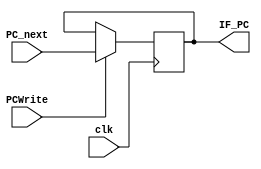
module PC (PC_next, IF_PC, clk, PCWrite);
    parameter width = 32;

    output reg [width-1:0] IF_PC;
    input [width-1:0] PC_next;
    input clk, PCWrite;

    initial begin // initialize PC
        IF_PC = 32'b0;
    end

    always @(posedge clk) begin // get next PC
        if (PCWrite) IF_PC = PC_next;
    end
endmodule

module instructionMemory (readAddress, instruction);
    parameter width = 32;
    parameter addr_width = 7;
    parameter number = 2**addr_width; // instruction memory with 128x32bit 
    
    output [width-1:0] instruction;
    input [width-1:0] readAddress;

    reg [width-1:0] memory [number-1:0];

    initial begin // initialize instructions from file
        $readmemb("E:/Semesters/FA22/VE370/Lab Files/Lab5_testcase.txt", memory);
    end

    assign instruction = memory[readAddress]; // read instruction
endmodule

module registerFile (readRegister1, readRegister2, writeRegister, writeData, regWrite, readData1, readData2);
    parameter width = 32;
    parameter addr_width = 5;
    parameter number = 2**addr_width;

    output [width-1:0]      readData1, readData2;
    input  [width-1:0]      writeData;
    input  [addr_width-1:0] readRegister1, readRegister2, writeRegister;
    input                   regWrite;

    reg [width-1:0] registers [number-1:0]; // 32 x registers

    assign readData1 = registers[readRegister1];
    assign readData2 = registers[readRegister2];      
    
    integer i;
    initial begin // initialize registers
        for (i = 0; i < 32; i = i + 1) registers[i] = 32'b0;
    end
    
    always @(*) begin // write value without clock control
        if (regWrite) registers[writeRegister] = writeData;    
    end
endmodule

module immGen (instruction, immediate);
    parameter width = 32;

    output reg [width-1:0] immediate;
    input  [width-1:0] instruction;
    
    always @(instruction) begin
       case (instruction[6:0])
        7'b0000011: // I
            immediate = {{20{instruction[31]}}, instruction[31:20]};
        7'b0001111: // I
            immediate = {{20{instruction[31]}}, instruction[31:20]};
        7'b0010011: // I
            immediate = {{20{instruction[31]}}, instruction[31:20]};
        7'b0010111: // U
            immediate = {{12{instruction[31]}}, instruction[31:12]};
        7'b0100011: // S
            immediate = {{20{instruction[31]}}, instruction[31:25], instruction[11:7]};
        7'b0110111: // U
            immediate = {{12{instruction[31]}}, instruction[31:12]};
        7'b1100011: // B
            immediate = {{20{instruction[31]}}, instruction[31], instruction[7], instruction[30:25], instruction[11:8]};
        7'b1100111: // I
            immediate = {{20{instruction[31]}}, instruction[31:20]};
        7'b1101111: // J
            immediate = {{12{instruction[31]}}, instruction[31], instruction[19:12], instruction[20], instruction[30:21]};
        7'b1110011: // I
            immediate = {{20{instruction[31]}}, instruction[31:20]};
        default: immediate = 'bz;
       endcase 
    end
endmodule

module mux_32b_2to1 (inData0, inData1, outData, mux_src);
    parameter width = 32;

    output [width-1:0] outData;
    input  [width-1:0] inData0, inData1;
    input              mux_src;

    assign outData = (mux_src)? inData1: inData0;
endmodule

module PC_mux_32b_2to1 (inData0, inData1, outData, mux_src);
    parameter width = 32;

    output reg [width-1:0] outData;
    input      [width-1:0] inData0, inData1;
    input                  mux_src;

    always @(*) begin // special mux for PC, with initialize and support jalr with an additional data input
        case (mux_src)
            'b0: outData = inData0;
            'b1: outData = inData1;
            default: outData = inData0;
        endcase
    end
endmodule

module mux_32b_3to1 (inData0, inData1, inData2, outData, mux_src);
    parameter width = 32;

    output reg [width-1:0] outData;
    input      [width-1:0] inData0, inData1, inData2;
    input      [1:0]       mux_src;

    always @(*) begin
        case (mux_src)
            2'b00: outData = inData0;
            2'b01: outData = inData1;
            2'b10: outData = inData2;
            default: outData = 'bz;
        endcase
    end
endmodule

module ALU (inData0, inData1, ALU_result, ALU_control);
    parameter width = 32;

    output reg [width-1:0] ALU_result;
    input      [width-1:0] inData0, inData1;
    input      [3:0]       ALU_control;

    always @(*) begin
        case (ALU_control)
            4'b0000: begin
                ALU_result = inData0 & inData1;
            end
            4'b0001: begin
                ALU_result = inData0 | inData1;
            end
            4'b0010: begin
                ALU_result = inData0 + inData1;
            end
            4'b0110: begin // branch for beq
                ALU_result = inData0 - inData1;
            end
            4'b0111: begin // branch for bne
                ALU_result = inData0 - inData1;
            end
            4'b1000: begin // branch for blt
                ALU_result = inData0 - inData1;
            end
            4'b1001: begin // branch for bge
                ALU_result = inData0 - inData1;
            end
            4'b1110: begin // sl
                ALU_result = inData0 << inData1;
            end
            4'b1101: begin // sr
                ALU_result = inData0 >> inData1;
            end
            4'b1111: begin // sra
                ALU_result = $signed($signed(inData0) >>> inData1);
            end
            default: begin
                ALU_result = 'bz;
            end
        endcase
    end
endmodule

module dataMemory (address, writeData, readData, memWrite, memRead);
    parameter width = 32;
    parameter addr_width = 6;
    parameter number = 2**addr_width;

    output [width-1:0] readData;
    input [width-1:0] address;
    input [width-1:0] writeData;
    input [1:0] memWrite;
    input [1:0] memRead;

    reg [width-1:0] readData;
    reg [(width/4)-1:0] memory [number-1:0];
    // ==zyl==
    // memory: 32bit 32rows
    // memory: 8*128 =-8*4 * 32

    always @(*) begin
        // ==zyl==
        // little Endian
        // ??? data ??????
        if (memWrite==2'b01) begin // sw
            memory[address]   = writeData[ 7: 0];
            memory[address+1] = writeData[15: 8];
            memory[address+2] = writeData[23:16];
            memory[address+3] = writeData[31:24];
        end
        else if (memWrite==2'b10) begin // sb
            memory[address]   = writeData[ 7: 0];
        end
        case (memRead)
            2'b01: begin // lw
                readData[ 7: 0] = memory[address];
                readData[15: 8] = memory[address+1];
                readData[23:16] = memory[address+2];
                readData[31:24] = memory[address+3];
            end
            2'b10: begin // lb
                readData[7:0] = memory[address];
                readData[31:8] = (readData[7] == 1'b1)? 24'hffffff : 24'h000000;
            end
            2'b11: begin // lbu
                readData[7:0] = memory[address];
                readData[31:8] = 24'h000000;
            end
            default: readData = 'bz;
        endcase
    end
endmodule

module add (inData0, inData1, sum);
    parameter width = 32;

    output [width-1:0] sum;
    input [width-1:0] inData0, inData1;

    assign sum = inData0 + inData1;
endmodule

module shiftRight1 (inData, outData);
    parameter width = 32;

    output [width-1:0] outData;
    input [width-1:0] inData;

    reg [width-1:0] outData;

    always @(inData) begin
        outData = inData/2;
    end
endmodule

module branchControl (jal, jalr, branch, branchOK, branchOp);
    input branchOK, branch, jal, jalr;
    output reg branchOp;

    initial branchOp = 'b0;

    always @(*) begin
        if ((branch && branchOK) || jal || jalr) branchOp = 'b1;
        else branchOp = 'b0;
    end
endmodule

module ALU_ct (instruction, ALU_control, ALU_op);
    output reg [3:0] ALU_control;
    input      [3:0] instruction;
    input      [1:0] ALU_op;

    always @(*) begin
        case (ALU_op)
            2'b00:
                ALU_control = 4'b0010;
            2'b01:
                case (instruction[2:0])
                    3'b000: ALU_control = 4'b0110;
                    3'b001: ALU_control = 4'b0111;
                    3'b100: ALU_control = 4'b1000;
                    3'b101: ALU_control = 4'b1001;
                    default: ALU_control = 'bz;
                endcase
            2'b10:
                case (instruction[2:0])
                    3'b000: 
                        if (instruction[3]) ALU_control = 4'b0110;
                        else ALU_control = 4'b0010;
                    3'b001:
                        ALU_control = 4'b1110;
                    3'b101:
                        if (instruction[3]) ALU_control = 4'b1111;
                        else ALU_control = 4'b1101;
                    3'b111:
                        ALU_control = 4'b0000;
                    3'b110:
                        ALU_control = 4'b0001;
                    3'b010:
                        ALU_control = 4'b0010;
                    default: ALU_control = 'bz;
                endcase
            2'b11:
                case (instruction[2:0])
                    3'b000:
                        ALU_control = 4'b0010;
                    3'b001:
                        ALU_control = 4'b1110;
                    3'b101:
                        if (instruction[3]) ALU_control = 4'b1111;
                        else ALU_control = 4'b1101;
                    3'b111:
                        ALU_control = 4'b0000;
                    default: ALU_control = 'bz;
                endcase
            default: ALU_control = 'bz; 
        endcase
    end
endmodule

module control (ct_sig, instruction);
    parameter width = 32;

    output reg [12:0] ct_sig;
    input [width-1:0] instruction;
    
    always @(instruction) begin
        case (instruction[6:0])
            7'b0110011: ct_sig = 13'b0000001000010; // R-type
            7'b0010011: ct_sig = 13'b0000001100110; // I-type
            7'b0000011: begin // load
                    case (instruction[14:12])
                        3'b000: ct_sig = 13'b0001010000110; // lb
                        3'b010: ct_sig = 13'b0000110000110; // lw
                        3'b100: ct_sig = 13'b0001110000110; // lbu
                        default: ct_sig = 'bz; 
                    endcase
                    end
            7'b0100011: begin // store
                    case (instruction[14:12])
                        3'b000: ct_sig = 13'b0000000010100; // sb
                        3'b010: ct_sig = 13'b0000000001100;  // sw
                        default: ct_sig = 'bz; 
                    endcase
                    end
            7'b1100011: ct_sig = 13'b0010000100000; // B-type
            7'b1100111: ct_sig = 13'b0100000000100; // jalr
            7'b1101111: ct_sig = 13'b1010000000011; // J-type
            default:    ct_sig = 13'b0000000000000;
        endcase 
    end
endmodule

// module control (PCToReg, branch, memRead, memToReg, ALU_op, memWrite, ALU_src, regWrite, jalr, jal, instruction, controlFlush);
//     parameter width = 32;

//     output reg PCToReg, branch, memToReg, ALU_src, regWrite, jalr, jal;
//     output reg [1:0] ALU_op, memRead, memWrite;
//     input [width-1:0] instruction;
//     input controlFlush;
    
//     always @(*) begin
//         if (controlFlush=='b1) begin
//             jal = 'b0;
//             jalr = 'b0;
//             branch = 'b0;
//             memRead = 2'b00;
//             memToReg = 'b0;
//             ALU_op = 2'b00;
//             memWrite = 2'b00;
//             ALU_src = 'b0;
//             regWrite = 'b0;
//             PCToReg = 'b0;
//         end
//         else begin
//             case (instruction[6:0])
//                 7'b0110011: begin // R-type
//                     jal = 'b0;
//                     jalr = 'b0;
//                     branch = 'b0;
//                     memRead = 2'b00;
//                     memToReg = 'b0;
//                     ALU_op = 2'b10;
//                     memWrite = 2'b00;
//                     ALU_src = 'b0;
//                     regWrite = 'b1;
//                     PCToReg = 'b0;
//                     end
//                 7'b0010011: begin // I-type
//                     jal = 'b0;
//                     jalr = 'b0;
//                     branch = 'b0;
//                     memRead = 2'b00;
//                     memToReg = 'b0;
//                     ALU_op = 2'b11;
//                     memWrite = 2'b00;
//                     ALU_src = 'b1;
//                     regWrite = 'b1;
//                     PCToReg = 'b0;
//                     end
//                 7'b0000011: begin // load
//                     case (instruction[14:12])
//                         3'b000: memRead = 2'b10; // lb
//                         3'b010: memRead = 2'b01; // lw
//                         3'b100: memRead = 2'b11; // lbu
//                         default: memRead = 'bz; 
//                     endcase
//                     jal = 'b0;
//                     jalr = 'b0;
//                     branch = 'b0;
//                     memToReg = 'b1;
//                     ALU_op = 2'b00;
//                     memWrite = 2'b00;
//                     ALU_src = 'b1;
//                     regWrite = 'b1;
//                     PCToReg = 'b0;
//                     end
//                 7'b0100011: begin // store
//                     case (instruction[14:12])
//                         3'b000: memWrite = 2'b10; // sb
//                         3'b010: memWrite = 2'b01; // sw
//                         default: memWrite = 'bz; 
//                     endcase
//                     jal = 'b0;
//                     jalr = 'b0;
//                     branch = 'b0;
//                     memRead = 2'b00;
//                     memToReg = 'b0;
//                     ALU_op = 2'b00;
//                     memWrite
//                     ALU_src = 'b1;
//                     regWrite = 'b0;
//                     PCToReg = 'b0;
//                     end
//                 7'b1100011: begin // B-type
//                     jal = 'b0;
//                     jalr = 'b0;
//                     branch = 'b1;
//                     memRead = 2'b00;
//                     memToReg = 'b0;
//                     ALU_op = 2'b01;
//                     memWrite = 2'b00;
//                     ALU_src = 'b0;
//                     regWrite = 'b0;
//                     PCToReg = 'b0;
//                     end
//                 7'b1100111: begin // jalr
//                     jal = 'b0;
//                     jalr = 'b1;
//                     branch = 'b0;
//                     memRead = 2'b00;
//                     memToReg = 'b0;
//                     ALU_op = 2'b00;
//                     memWrite = 2'b00;
//                     ALU_src = 'b1;
//                     regWrite = 'b0;
//                     PCToReg = 'b0;
//                     end
//                 7'b1101111: begin // J-type
//                     jal = 'b1;
//                     jalr = 'b0;
//                     branch = 'b1;
//                     memRead = 2'b00;
//                     memToReg = 'b0;
//                     ALU_op = 2'b00;
//                     memWrite = 2'b00;
//                     ALU_src = 'b0;
//                     regWrite = 'b1;
//                     PCToReg = 'b1;
//                     end
//                 default: begin
//                     jal = 'bz;
//                     jalr = 'bz;
//                     branch = 'bz;
//                     memRead = 'bz;
//                     memToReg = 'bz;
//                     ALU_op = 'bz;
//                     memWrite = 'bz;
//                     ALU_src = 'bz;
//                     regWrite = 'bz;
//                     PCToReg = 'bz;
//                     end 
//             endcase
//         end
//     end
// endmodule

module ID_forwardingUnit (ID_branch, ID_Rs1, ID_Rs2, MEM_Rd, MEM_regWrite, Forward1, Forward2);
    parameter addr_width = 5;
    input MEM_regWrite, ID_branch;
    input [addr_width-1:0] ID_Rs1, ID_Rs2, MEM_Rd;
    output reg Forward1, Forward2;

    initial begin
        Forward1 = 'b0;
        Forward2 = 'b0;
    end

    always @(*) begin
        if (ID_branch && MEM_regWrite && MEM_Rd && MEM_Rd==ID_Rs1) Forward1 = 'b1;
        else Forward1 = 'b0;
        if (ID_branch && MEM_regWrite && MEM_Rd && MEM_Rd==ID_Rs2) Forward2 = 'b1;
        else Forward2 = 'b0;
    end
endmodule

module EX_forwardingUnit (EX_Rs1, EX_Rs2, EX_memRead, EX_memWrite, MEM_Rd, WB_Rd, MEM_regWrite, MEM_memRead, WB_regWrite, ForwardA, ForwardB);
    parameter addr_width = 5;
    input MEM_regWrite, WB_regWrite;
    input [addr_width-1:0] EX_Rs1, EX_Rs2, MEM_Rd, WB_Rd;
    input [1:0] MEM_memRead, EX_memRead, EX_memWrite;
    output reg [1:0] ForwardA, ForwardB;

    initial begin
        ForwardA = 2'b00;
        ForwardB = 2'b00;
    end

    always @(*) begin
        if (MEM_regWrite && MEM_Rd && MEM_Rd == EX_Rs1) ForwardA = 2'b10;
        else if (WB_regWrite && WB_Rd && WB_Rd==EX_Rs1) ForwardA = 2'b01;
        else ForwardA = 2'b00;
        if (MEM_regWrite && MEM_Rd && MEM_Rd == EX_Rs2) ForwardB = 2'b10;
        else if (WB_regWrite && WB_Rd && WB_Rd==EX_Rs2) ForwardB = 2'b01;
        else ForwardB = 2'b00;
    end
endmodule

module hazardDetectionUnit (ID_branch, Forward1, Forward2, ID_Rs1, ID_Rs2, EX_Rd, MEM_Rd, ID_memWrite, EX_memRead, MEM_memRead, EX_regWrite, PCWrite, ID_write, controlFlush);
    parameter addr_width = 5;
    input [addr_width-1:0] ID_Rs1, ID_Rs2, EX_Rd, MEM_Rd;
    input [1:0] EX_memRead, ID_memWrite, MEM_memRead;
    input Forward1, Forward2, ID_branch, EX_regWrite;
    output reg PCWrite, ID_write, controlFlush;

    initial begin // initialize PC
        PCWrite = 'b1;
        ID_write = 'b1;
        controlFlush = 'b0;
    end

    always @(*) begin
        if ((EX_memRead && !ID_memWrite && (EX_Rd==ID_Rs1 || EX_Rd==ID_Rs2))) begin
            PCWrite = 'b0;
            ID_write = 'b0;
            controlFlush = 'b1;
        end
        else if (ID_branch && EX_regWrite && EX_Rd && (EX_Rd==ID_Rs1 || EX_Rd==ID_Rs2)) begin
            PCWrite = 'b0;
            ID_write = 'b0;
            controlFlush = 'b1;
        end
        else if (ID_branch && MEM_memRead && MEM_Rd && (MEM_Rd==ID_Rs1 || MEM_Rd==ID_Rs2)) begin
            PCWrite = 'b0;
            ID_write = 'b0;
            controlFlush = 'b1;
        end
        else begin
            PCWrite = 'b1;
            ID_write = 'b1;
            controlFlush = 'b0;
        end
    end
endmodule

module memSrcUnit (WB_Rd, MEM_Rs2, WB_memRead, MEM_memWrite, memSrc);
    parameter addr_width = 5;
    input [addr_width-1:0] WB_Rd, MEM_Rs2;
    input [1:0] WB_memRead, MEM_memWrite;
    output reg memSrc = 'b0;

    always @(*) begin
        if (WB_Rd==MEM_Rs2 && MEM_memWrite && WB_memRead) memSrc = 'b1;
        else memSrc = 'b0;
    end
endmodule

module branchDetection (readData1, readData2, instruction, branchOK);
    // instr: func3 part of instruction
    parameter width = 32;
    input [width-1:0] readData1, readData2, instruction;
    output reg branchOK;

    always @(*) begin
        if (instruction[6:0]==7'b1100011) begin
            case (instruction[14:12])
                3'b000: branchOK = (readData1 == readData2); // beq
                3'b001: branchOK = (readData1 != readData2); // bne
                3'b100: branchOK = (readData1  < readData2); // blt
                3'b101: branchOK = (readData1 >= readData2); // bge
                default: branchOK = 'b1;
            endcase
        end
    end
endmodule

module IF_ID (IF_PC_add_4, IF_PC, IF_instruction, clk, ID_PC_add_4, ID_PC, ID_instruction, ID_write, IF_flush);
    parameter width = 32;

    input clk, ID_write, IF_flush;
    input [width-1:0] IF_PC_add_4, IF_PC, IF_instruction;
    output reg [width-1:0] ID_PC_add_4, ID_PC, ID_instruction;

    always @(posedge clk) begin
        if (IF_flush) ID_instruction = 32'b0;
        if (ID_write) begin
            ID_PC_add_4 = IF_PC_add_4;
            ID_PC = IF_PC;
            ID_instruction = IF_instruction;
        end
    end
endmodule

module ID_EX (
    input [2:0] ID_WB, 
    input [3:0] ID_M, 
    input [2:0] ID_EX, 
    input [31:0] ID_instruction, ID_PC_add_4, ID_readData1, ID_readData2, ID_immediate, 
    input [3:0] ID_ALU_control, 
    input [4:0] ID_Rs1, ID_Rs2, ID_Rd,
    input clk, 
    output reg [2:0] EX_WB, 
    output reg [3:0] EX_M, 
    output reg [2:0] EX_EX, 
    output reg [31:0] EX_instruction, EX_PC_add_4, EX_readData1, EX_readData2, EX_immediate, 
    output reg [3:0] EX_ALU_control, 
    output reg [4:0] EX_Rs1, EX_Rs2, EX_Rd);
    parameter width = 32;

    always @(posedge clk) begin
        EX_WB =ID_WB;
        EX_M = ID_M;
        EX_EX = ID_EX;
        EX_instruction = ID_instruction;
        EX_PC_add_4 = ID_PC_add_4;
        EX_readData1 = ID_readData1;
        EX_readData2 = ID_readData2;
        EX_immediate = ID_immediate;
        EX_ALU_control = ID_ALU_control;
        EX_Rs1 = ID_Rs1;
        EX_Rs2 = ID_Rs2;
        EX_Rd = ID_Rd;
    end
endmodule

module EX_MEM (
    input [2:0] EX_WB, 
    input [3:0] EX_M, 
    input [31:0] EX_PC_add_4, EX_ALU_result, EX_readData2, 
    input [4:0] EX_Rd, EX_Rs2,
    input clk, 
    output reg[2:0] MEM_WB, 
    output reg [3:0] MEM_M, 
    output reg [31:0] MEM_PC_add_4, MEM_ALU_result, MEM_readData2,  
    output reg [4:0] MEM_Rd, MEM_Rs2);
    parameter width = 32;

    always @(posedge clk) begin
        MEM_WB = EX_WB;
        MEM_M = EX_M;
        MEM_PC_add_4 = EX_PC_add_4;
        MEM_ALU_result = EX_ALU_result;
        MEM_readData2 = EX_readData2;
        MEM_Rd = EX_Rd;
        MEM_Rs2 = EX_Rs2;
    end
endmodule

module MEM_WB (
    input [2:0] MEM_WB, 
    input [31:0] MEM_PC_add_4, MEM_readData, MEM_ALU_result, 
    input [4:0] MEM_Rd, 
    input [1:0] MEM_memRead,
    input clk, 
    output reg[2:0] WB_WB, 
    output reg [31:0] WB_PC_add_4, WB_readData, WB_ALU_result,
    output reg [4:0] WB_Rd,
    output reg [1:0] WB_memRead);
    parameter width = 32;

    always @(posedge clk) begin
        WB_WB = MEM_WB;
        WB_readData = MEM_readData;
        WB_PC_add_4 = MEM_PC_add_4;
        WB_ALU_result = MEM_ALU_result;
        WB_Rd = MEM_Rd;
        WB_memRead = MEM_memRead;
    end
endmodule

module top (clk);
    parameter width = 32;
    parameter addr_width = 5;
    
    input clk;
    
    wire [width-1:0] IF_PC_add_4, PC_next;

    wire [width-1:0] IF_PC, IF_instruction;

    wire [width-1:0] ID_PC_add_4, ID_PC, ID_instruction, ID_immediate, ID_readData1, ID_readData2, ID_branch_immediate, ID_PC_branch, ID_forward1_result, ID_forward2_result, ID_addfirst, ID_addsecond;
    wire [3:0] ID_ALU_control_input;
    wire [4:0] ID_Rs1, ID_Rs2, ID_Rd;
    wire [1:0] ID_ALU_op, ID_memRead, ID_memWrite;
    wire [12:0] ct_sig, ct_sig_new;

    wire [width-1:0] EX_PC_add_4, EX_instruction, EX_immediate, EX_readData1, EX_readData2, EX_ALU_input2, EX_ALU_result, EX_writeData, EX_forwardA_result, EX_forwardB_result;
    wire [3:0] EX_ALU_control_input;
    wire [4:0] EX_Rs1, EX_Rs2, EX_Rd;
    wire [3:0] EX_ALU_control;
    wire [1:0] EX_ALU_op, EX_memRead, EX_memWrite, ForwardA, ForwardB;

    wire [width-1:0] MEM_PC_add_4, MEM_readData2, MEM_ALU_result, MEM_readData, MEM_writeData;
    wire [4:0] MEM_Rd, MEM_Rs2;
    wire [1:0] MEM_memRead, MEM_memWrite;

    wire [width-1:0] WB_PC_add_4, WB_ALU_result, WB_readData, WB_writeData;
    wire [4:0] WB_Rd;
    wire [1:0] WB_memRead;

    PC pc (PC_next, IF_PC, clk, PCWrite);
    instructionMemory im (IF_PC, IF_instruction);
    add add_4 (IF_PC, 1, IF_PC_add_4);
    PC_mux_32b_2to1 mux_pc (IF_PC_add_4, ID_PC_branch, PC_next, Branch_Src);

    IF_ID if_id (IF_PC_add_4, IF_PC, IF_instruction, clk, ID_PC_add_4, ID_PC, ID_instruction, ID_write, IF_flush);

    registerFile registerfile (ID_Rs1, ID_Rs2, WB_Rd, WB_writeData, WB_regWrite, ID_readData1, ID_readData2);
    immGen ig (ID_instruction, ID_immediate);
    control c (ct_sig, ID_instruction);
    mux_32b_2to1 #(13) mux_ct (ct_sig, 13'b0, ct_sig_new, controlFlush);
    assign {ID_jal, ID_jalr, ID_branch, ID_memRead, ID_memToReg, ID_ALU_op, ID_memWrite, ID_ALU_src, ID_regWrite, ID_PCToReg} = ct_sig_new;
    assign ID_ALU_control_input = {ID_instruction[30], ID_instruction[14:12]};
    assign ID_Rs1 = ID_instruction[19:15], ID_Rs2 = ID_instruction[24:20], ID_Rd = ID_instruction[11:7];
    hazardDetectionUnit hdu (ID_branch, Forward1, Forward2, ID_Rs1, ID_Rs2, EX_Rd, MEM_Rd, ID_memWrite, EX_memRead, MEM_memRead, EX_regWrite, PCWrite, ID_write, controlFlush);
    branchDetection bd (ID_forward1_result, ID_forward2_result, ID_instruction, ID_branchOK);
    branchControl bc (ID_jal, ID_jalr, ID_branch, ID_branchOK, Branch_Src);
    shiftRight1 SL (ID_immediate, ID_branch_immediate);
    mux_32b_2to1 mux_add1 (ID_PC, ID_forward1_result, ID_addfirst, ID_jalr);
    mux_32b_2to1 mux_add2 (ID_branch_immediate, ID_immediate, ID_addsecond, ID_jalr);
    add add_immediate (ID_addfirst, ID_addsecond, ID_PC_branch);
    assign IF_flush = Branch_Src;
    mux_32b_2to1 mux_f1 (ID_readData1, MEM_ALU_result, ID_forward1_result, Forward1);
    mux_32b_2to1 mux_f2 (ID_readData2, MEM_ALU_result, ID_forward2_result, Forward2);
    ID_forwardingUnit idfu (ID_branch, ID_Rs1, ID_Rs2, MEM_Rd, MEM_regWrite, Forward1, Forward2);

    ID_EX id_ex ({ID_PCToReg, ID_regWrite, ID_memToReg}, {ID_memRead, ID_memWrite}, {ID_ALU_op, ID_ALU_src}, ID_instruction, ID_PC_add_4, ID_forward1_result, ID_forward2_result, ID_immediate, ID_ALU_control_input, ID_Rs1, ID_Rs2, ID_Rd, clk, {EX_PCToReg, EX_regWrite, EX_memToReg}, {EX_memRead, EX_memWrite}, {EX_ALU_op, EX_ALU_src}, EX_instruction, EX_PC_add_4, EX_readData1, EX_readData2, EX_immediate, EX_ALU_control_input, EX_Rs1, EX_Rs2, EX_Rd);

    mux_32b_3to1 mux_fa (EX_readData1, WB_readData, MEM_ALU_result, EX_forwardA_result, ForwardA);
    mux_32b_3to1 mux_fb (EX_readData2, WB_readData, MEM_ALU_result, EX_forwardB_result, ForwardB);
    mux_32b_2to1 mux_ALU (EX_forwardB_result, EX_immediate, EX_ALU_input2, EX_ALU_src);
    ALU alu (EX_forwardA_result, EX_ALU_input2, EX_ALU_result, EX_ALU_control);
    ALU_ct alu_ct (EX_ALU_control_input, EX_ALU_control, EX_ALU_op);
    EX_forwardingUnit exfu (EX_Rs1, EX_Rs2, EX_memRead, EX_memWrite, MEM_Rd, WB_Rd, MEM_regWrite, MEM_memRead, WB_regWrite, ForwardA, ForwardB);

    EX_MEM ex_mem ({EX_PCToReg, EX_regWrite, EX_memToReg}, {EX_memRead, EX_memWrite}, EX_PC_add_4, EX_ALU_result, EX_forwardB_result, EX_Rd, EX_Rs2, clk, {MEM_PCToReg, MEM_regWrite, MEM_memToReg}, {MEM_memRead, MEM_memWrite}, MEM_PC_add_4, MEM_ALU_result, MEM_readData2, MEM_Rd, MEM_Rs2);

    memSrcUnit msu (WB_Rd, MEM_Rs2, WB_memRead, MEM_memWrite, memSrc);
    mux_32b_2to1 mux_dm (MEM_readData2, WB_writeData, MEM_writeData, memSrc);
    dataMemory dm (MEM_ALU_result, MEM_writeData, MEM_readData, MEM_memWrite, MEM_memRead);

    MEM_WB mem_wb ({MEM_PCToReg, MEM_regWrite, MEM_memToReg}, MEM_PC_add_4, MEM_readData, MEM_ALU_result, MEM_Rd, MEM_memRead, clk, {WB_PCToReg, WB_regWrite, WB_memToReg}, WB_PC_add_4, WB_readData, WB_ALU_result, WB_Rd, WB_memRead);
    
    mux_32b_3to1 mux_reg (WB_ALU_result, WB_readData, WB_PC_add_4, WB_writeData, {WB_PCToReg, WB_memToReg});
endmodule